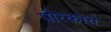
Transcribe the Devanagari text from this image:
पोरकाच